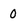
Character: 0